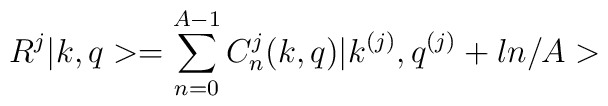
R^{j}|k,q>=\sum_{n=0}^{A-1}C_{n}^{j}(k,q)|k^{(j)},q^{(j)}+ln/A>